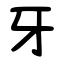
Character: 牙